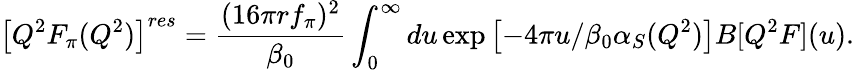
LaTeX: \left[Q^{2}F_{\pi}(Q^{2})\right]^{res}=\frac{(16\pi rf_{\pi})^{2}}{\beta_{0}}\int_{0}^{\infty}du\exp\left[-4\pi u/\beta_{0}\alpha_{S}(Q^{2})\right]B[Q^{2}F](u).